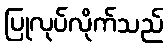
ပြုလုပ်လိုက်သည်